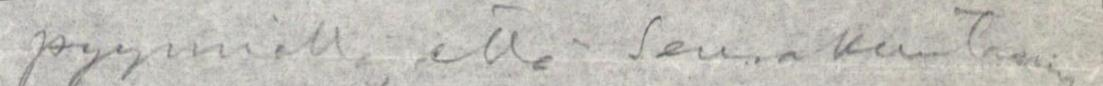
pyynnöllä, että seurakuntanne